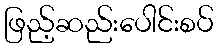
ဖြည့်ဆည်းပေါင်းစပ်